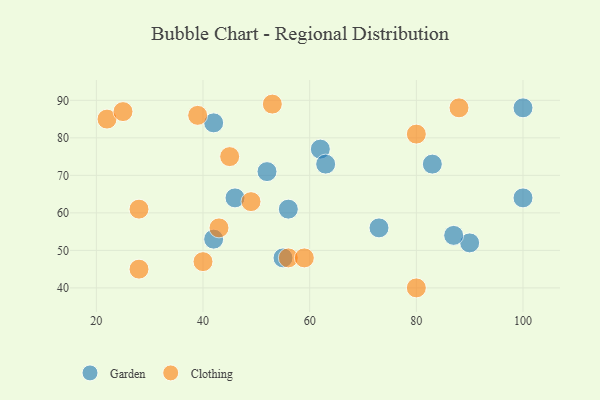
{"axis": {"x": "GDP", "y": "Life Expectancy"}, "legend": ["Clothing", "Garden"], "data": [{"x": "56", "y": 61, "type": "Garden"}, {"x": "83", "y": 73, "type": "Garden"}, {"x": "42", "y": 84, "type": "Garden"}, {"x": "100", "y": 64, "type": "Garden"}, {"x": "62", "y": 77, "type": "Garden"}, {"x": "55", "y": 48, "type": "Garden"}, {"x": "42", "y": 53, "type": "Garden"}, {"x": "73", "y": 56, "type": "Garden"}, {"x": "63", "y": 73, "type": "Garden"}, {"x": "90", "y": 52, "type": "Garden"}, {"x": "87", "y": 54, "type": "Garden"}, {"x": "52", "y": 71, "type": "Garden"}, {"x": "100", "y": 88, "type": "Garden"}, {"x": "46", "y": 64, "type": "Garden"}, {"x": "49", "y": 63, "type": "Clothing"}, {"x": "56", "y": 48, "type": "Clothing"}, {"x": "88", "y": 88, "type": "Clothing"}, {"x": "40", "y": 47, "type": "Clothing"}, {"x": "22", "y": 85, "type": "Clothing"}, {"x": "28", "y": 45, "type": "Clothing"}, {"x": "25", "y": 87, "type": "Clothing"}, {"x": "59", "y": 48, "type": "Clothing"}, {"x": "43", "y": 56, "type": "Clothing"}, {"x": "28", "y": 61, "type": "Clothing"}, {"x": "45", "y": 75, "type": "Clothing"}, {"x": "80", "y": 40, "type": "Clothing"}, {"x": "80", "y": 81, "type": "Clothing"}, {"x": "53", "y": 89, "type": "Clothing"}, {"x": "39", "y": 86, "type": "Clothing"}]}